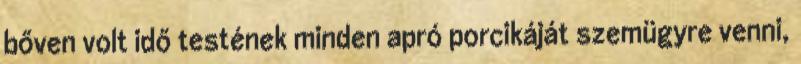
bőven volt idő testének minden apró porcikáját szemügyre venni,